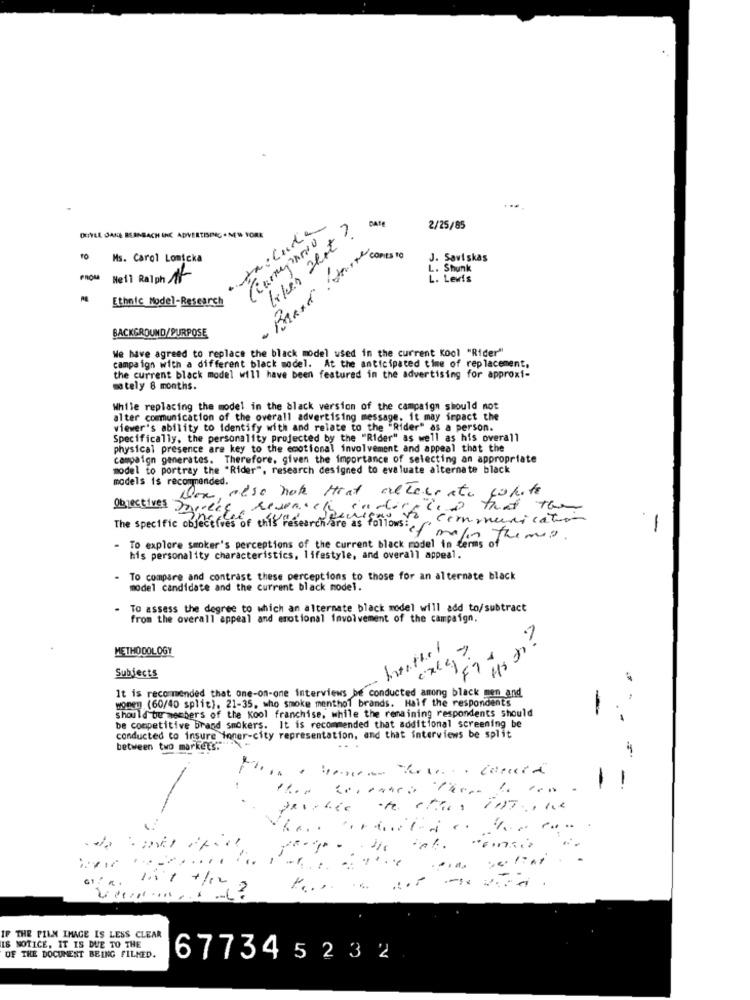
likes that?
2/25/85
OUIYLE DAKE BERNBACH INC ADVERTISING .NEW YORK
- Brand fort conun
Ms. Carol Lomicka
J. Saviskas
L. Shunk
PROM
Nell Ralph 17
L. Lewis
Ethnic Model-Research
BACKGROUND/PURPOSE
We have agreed to replace the black model used in the current Kool "Rider"
campaign with a different black model. At the anticipated time of replacement.
the current black model will have been featured in the advertising for approxi-
mately 8 months.
While replacing the model in the black version of the campaign should not
alter communication of the overall advertising message. it may impact the
viewer's ability to identify with and relate to the "Rider" as a person.
Specifically, the personality projected by the "Rider" as well as his overall
physical presence are key to the emotional involvement and appeal that the
campaign generates. Therefore, given the importance of selecting an appropriate
model to portray the "Rider", research designed to evaluate alternate black
models is recommended.
Dox also hot Heat alternate cohete
objectives ),cees, research coderpied that the
communication
1
The specific objectives of this research are as follows: of malin the me ?.
To explore smoker's perceptions of the current black model in d
his personality characteristics, lifestyle, and overall appeal.
To compare and contrast these perceptions to those for an alternate black
model candidate and the current black model.
To assess the degree to which an alternate black model will add to/subtract
from the overall appeal and emotional involvement of the campaign.
METHODOLOGY
hanthel
7
F7
Subjects
It is recommended that one-on-one interviews be conducted among black men and
women (60/40 split). 21-35, who smoke menthol brands. Half the respondents
should be members of the Kool franchise, while the remaining respondents should
be competitive brand smokers. It is recommended that additional screening be
conducted to insure toner-city representation, and that interviews be split
between two markets .-
1
1
11 ...
@1:
THE PILN IMAGE IS LESS CLEAR
I& NOTICE, IT IS DUE TO THE
OF THE DOCUMENT BEING FILMED.
677345232